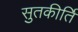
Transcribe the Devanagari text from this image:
सुतकीर्ति